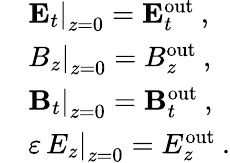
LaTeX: \begin{array}{rl}&{\left.{\mathbf E}_{t}\right|_{z=0}={\mathbf E}_{t}^{\mathrm{out}}\: ,}\\ &{\left.B_{z}\right|_{z=0}=B_{z}^{\mathrm{out}}\: ,}\\ &{\left.{\mathbf B}_{t}\right|_{z=0}={\mathbf B}_{t}^{\mathrm{out}}\: ,}\\ &{\left.\varepsilon\, E_{z}\right|_{z=0}=E_{z}^{\mathrm{out}}\: .}\end{array}